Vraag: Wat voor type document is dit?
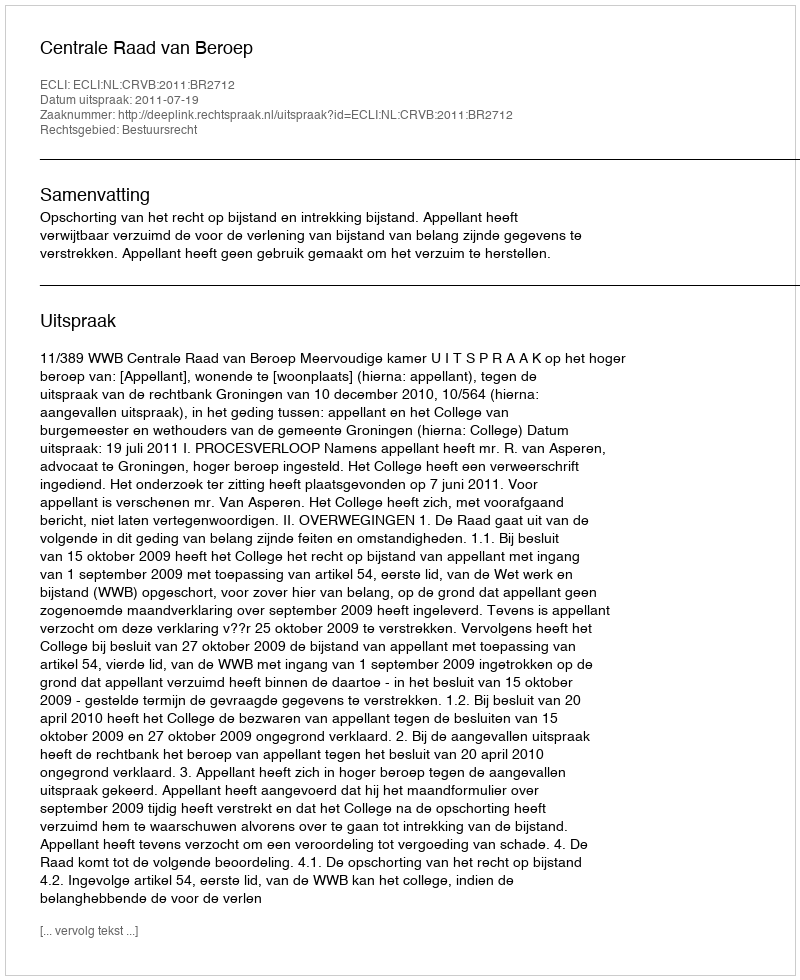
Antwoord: Uitspraak